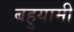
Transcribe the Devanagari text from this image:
बहुयामी